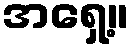
အရှေ့။